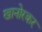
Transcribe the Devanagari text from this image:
खानोरकर